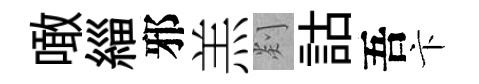
噉緇邪羔剡詁吾卞